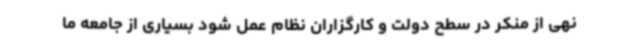
نهی از منکر در سطح دولت و کارگزاران نظام عمل شود بسیاری از جامعه ما